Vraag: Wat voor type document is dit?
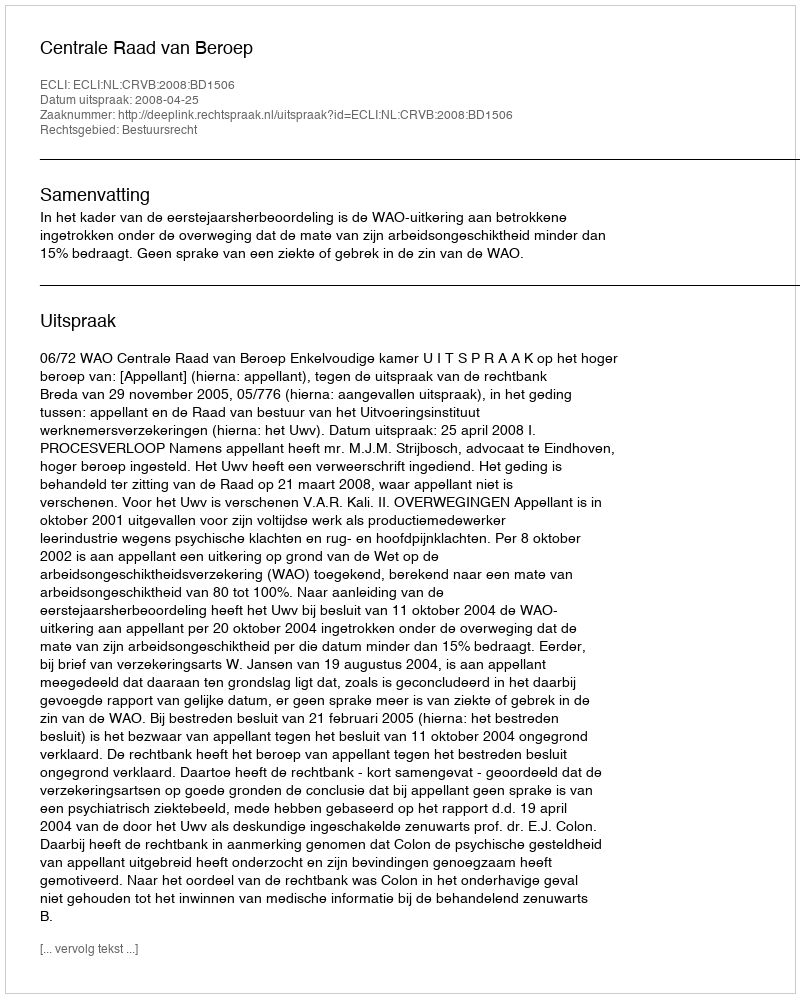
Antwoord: Uitspraak